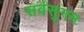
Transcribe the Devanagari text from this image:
सर्वसुगम